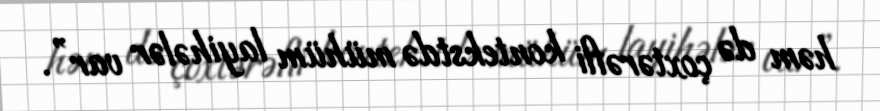
həm də çoxtərəfli kontekstdə mühüm layihələr var”.